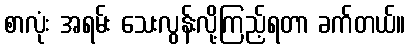
စာလုံး အရမ်း သေးလွန်းလို့ကြည့်ရတာ ခက်တယ်။